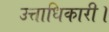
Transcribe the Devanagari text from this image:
उत्ताधिकारी।